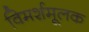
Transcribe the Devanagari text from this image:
विमर्शमूलक